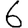
Digit: 6